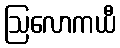
ဩလောကယီ